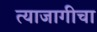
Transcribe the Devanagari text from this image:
त्याजागीचा